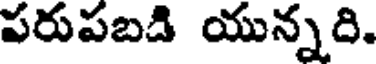
పరుపబడి యున్నది.